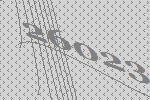
26023